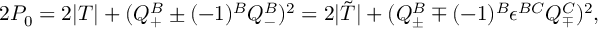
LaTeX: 2 P _ { 0 } = 2 | T | + ( Q _ { + } ^ { B } \pm ( - 1 ) ^ { B } Q _ { - } ^ { B } ) ^ { 2 } = 2 | { \tilde { T } } | + ( Q _ { \pm } ^ { B } \mp ( - 1 ) ^ { B } \epsilon ^ { B C } Q _ { \mp } ^ { C } ) ^ { 2 } ,